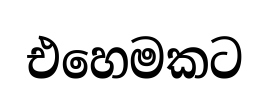
එහෙමකට